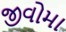
જીવોમા